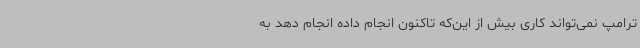
ترامپ نمی‌تواند کاری بیش از این‌که تاکنون انجام داده انجام دهد به